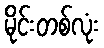
မိုင်းတစ်လုံး